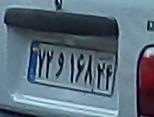
۷۲و۱۶۸۲۴